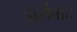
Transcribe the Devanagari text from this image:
झर्रोवाद